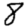
Digit: 8